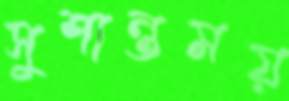
সুশান্তময়